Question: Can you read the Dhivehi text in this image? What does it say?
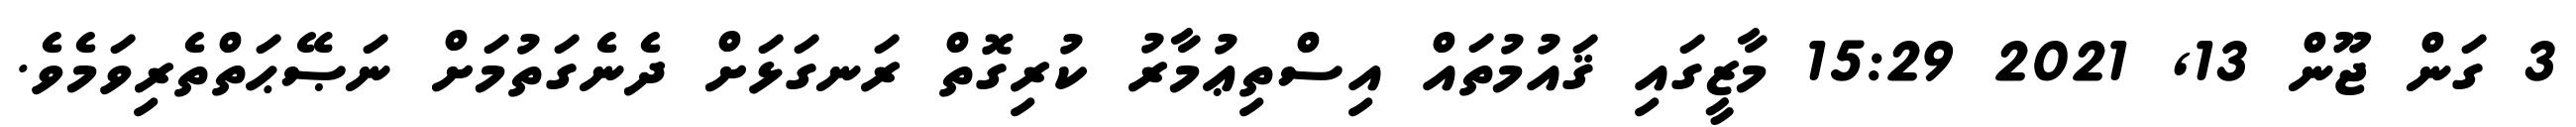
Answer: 3 ގަން ޖޫން 13, 2021 15:29 މާޒީގައި ޤައުމުތައް އިސްތިޢުމާރު ކުރިގޮތް ރަނގަޅަށް ދެނެގަތުމަށް ނަޞޭޙަތްތެރިވަމެވެ.